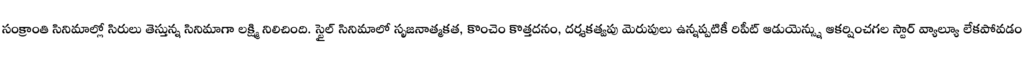
సంక్రాంతి సినిమాల్లో సిరులు తెస్తున్న సినిమాగా లక్ష్మి నిలిచింది. స్టైల్ సినిమాలో సృజనాత్మకత, కొంచెం కొత్తదనం, దర్శకత్వపు మెరుపులు ఉన్నప్పటికీ రిపీట్ ఆడుయెన్స్ను ఆకర్షించగల స్టార్ వ్యాల్యూ లేకపోవడం